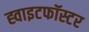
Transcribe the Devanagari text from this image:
ह्वाइटफॉस्टर